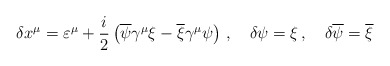
\begin{align*}\delta x^{\mu}=\varepsilon^{\mu}+\frac{i}{2}\left( \overline{\psi}\gamma^{\mu}\xi-\overline{\xi}\gamma^{\mu}\psi\right)\,,\quad\delta\psi=\xi\,,\quad \delta\overline{\psi}=\overline{\xi}\end{align*}